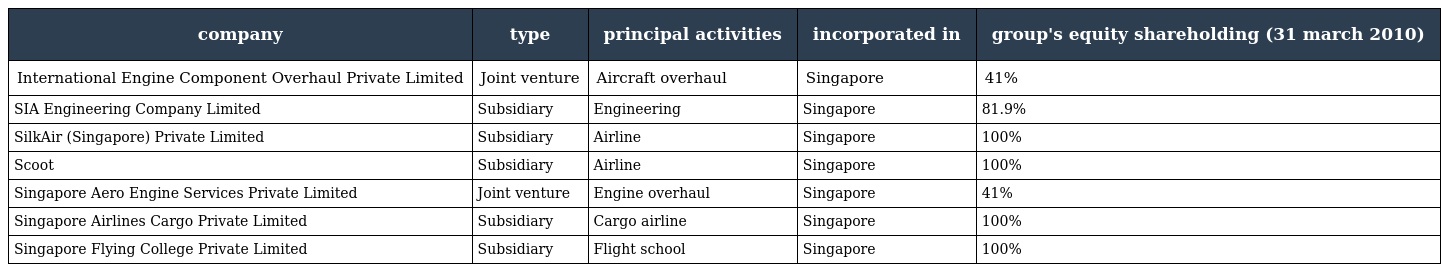
| company | type | principal activities | incorporated in | group's equity shareholding (31 march 2010) |
 | --- | --- | --- | --- | --- |
 | International Engine Component Overhaul Private Limited | Joint venture | Aircraft overhaul | Singapore | 41% |
 | SIA Engineering Company Limited | Subsidiary | Engineering | Singapore | 81.9% |
 | SilkAir (Singapore) Private Limited | Subsidiary | Airline | Singapore | 100% |
 | Scoot | Subsidiary | Airline | Singapore | 100% |
 | Singapore Aero Engine Services Private Limited | Joint venture | Engine overhaul | Singapore | 41% |
 | Singapore Airlines Cargo Private Limited | Subsidiary | Cargo airline | Singapore | 100% |
 | Singapore Flying College Private Limited | Subsidiary | Flight school | Singapore | 100% |